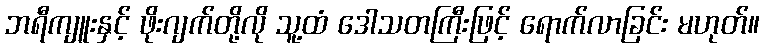
ဘရီကျူးနှင့် ဖိုးဂျက်တို့လို သူ့ထံ ဒေါသတကြီးဖြင့် ရောက်လာခြင်း မဟုတ်။